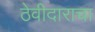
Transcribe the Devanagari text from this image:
ठेवीदाराचा